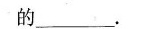
的___.